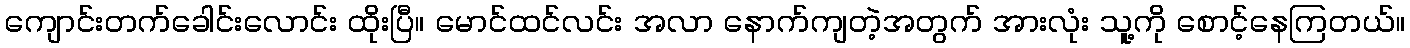
ကျောင်းတက်ခေါင်းလောင်း ထိုးပြီ။ မောင်ထင်လင်း အလာ နောက်ကျတဲ့အတွက် အားလုံး သူ့ကို စောင့်နေကြတယ်။